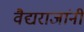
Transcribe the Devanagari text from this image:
वैद्यराजांनी